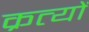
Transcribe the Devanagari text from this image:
क्रत्यों